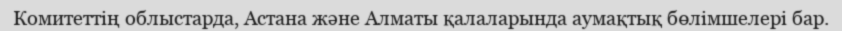
Комитеттің облыстарда, Астана және Алматы қалаларында аумақтық бөлімшелері бар.